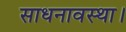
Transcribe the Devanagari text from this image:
साधनावस्था।